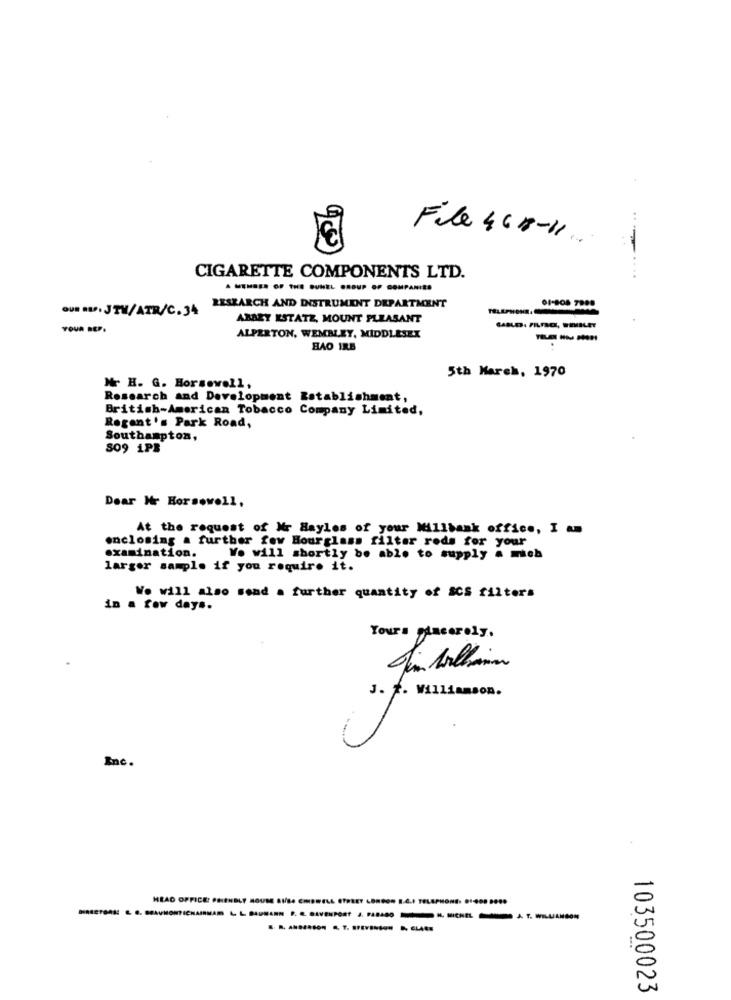
File 460-11.
CIGARETTE COMPONENTS LTD.
OUR ED JTM/ATR/C.34
RESEARCH AND INSTRUMENT DEPARTMENT
ABBEY ESTATZ, MOUNT PLEASANT
YOUR BEP.
ALPERTON, WEMBLEY, MIDDLESEX
---
HAO IRB
5th March, 1970
Mr H. G. Horsewell,
Research and Development Establishment,
British-American Tobacco Company Limited,
Regent's Park Road,
Southampton,
SO9 1PB
Dear Mr Horsewell,
At the request of Mr Hayles of your Willbank office, I am
enclosing a further few Hourglass filter rods for your
examination.
Vo will shortly be able to supply a mich
larger sample if you require it.
Wo will also send . further quantity of SCS filters
in a few days.
Yours sincerely.
J. F. Williamson.
Inc.
HEAD OFFICE PHIENBLY MOU
AT. WILLIAMSON
103500023